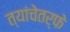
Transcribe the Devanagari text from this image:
त्यांचेतर्फे